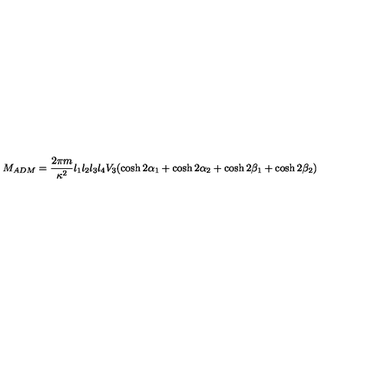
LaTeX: M _ { A D M } = \frac { 2 \pi m } { \kappa ^ { 2 } } l _ { 1 } l _ { 2 } l _ { 3 } l _ { 4 } V _ { 3 } ( \cosh 2 \alpha _ { 1 } + \cosh 2 \alpha _ { 2 } + \cosh 2 \beta _ { 1 } + \cosh 2 \beta _ { 2 } )